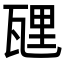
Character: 瓼